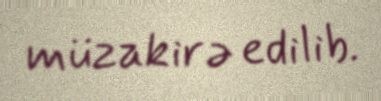
müzakirə edilib.